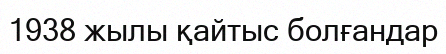
1938 жылы қайтыс болғандар